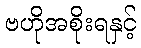
ဗဟိုအစိုးရနှင့်